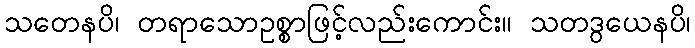
သတေနပိ၊ တရာသောဥစ္စာဖြင့်လည်းကောင်း။ သတဒွယေနပိ၊